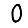
Digit: 0